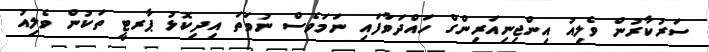
ސަރުކާރުން ވެލިއު އިންޖިނިއަރިންގް ހައްދަވާފައި ނަމަވެސް ނުވަތަ އިދިކޮޅު ޕާރޓީ ތަކުން ވެލިއު